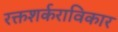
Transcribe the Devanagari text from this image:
रक्तशर्कराविकार